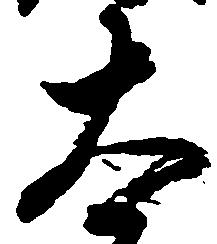
太